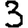
Digit: 3